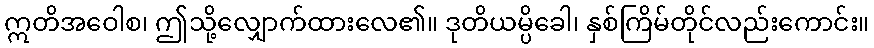
ဣတိအဝေါစ၊ ဤသို့လျှောက်ထားလေ၏။ ဒုတိယမ္ပိခေါ၊ နှစ်ကြိမ်တိုင်လည်းကောင်း။